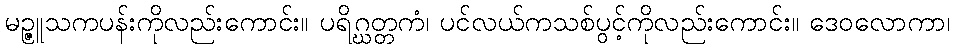
မဉ္ဇူသကပန်းကိုလည်းကောင်း။ ပရိဂ္ဃတ္တကံ၊ ပင်လယ်ကသစ်ပွင့်ကိုလည်းကောင်း။ ဒေဝလောကာ၊